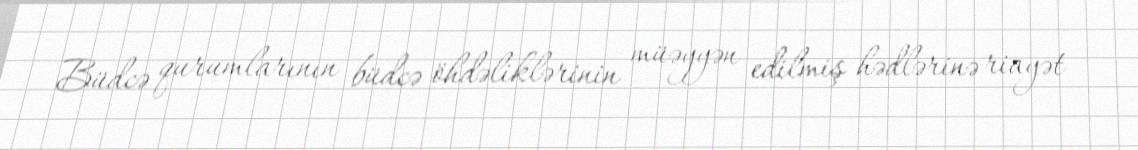
Büdcə qurumlarının büdcə öhdəliklərinin müəyyən edilmiş hədlərinə riayət